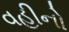
વહીનો